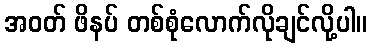
အဝတ် ဖိနပ် တစ်စုံလောက်လိုချင်လို့ပါ။